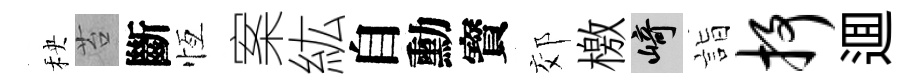
秧苔斷恆案紘自勳寳郊檄崎詣抒逥